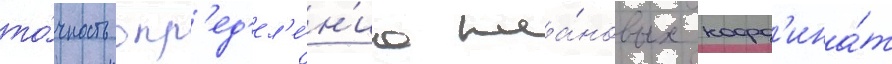
то́чность опр'ед'ел'е́н'иа пла́новых коорд'ина́т